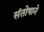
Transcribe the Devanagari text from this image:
संतोषाने